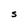
Character: S